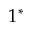
1 ^ { * }